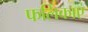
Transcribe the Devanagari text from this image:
फलिकाएं